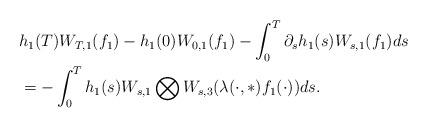
LaTeX: \begin{align*}&h_1(T)W_{T,1}(f_1)-h_1(0)W_{0,1}(f_1)-\int_0^T\partial_sh_1(s)W_{s,1}(f_1)ds\\&=-\int_0^Th_1(s)W_{s,1}\bigotimes W_{s,3}(\lambda(\cdot, \ast)f_1(\cdot))ds.\end{align*}